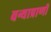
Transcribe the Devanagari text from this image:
वन्याप्राणी